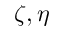
\zeta , \eta